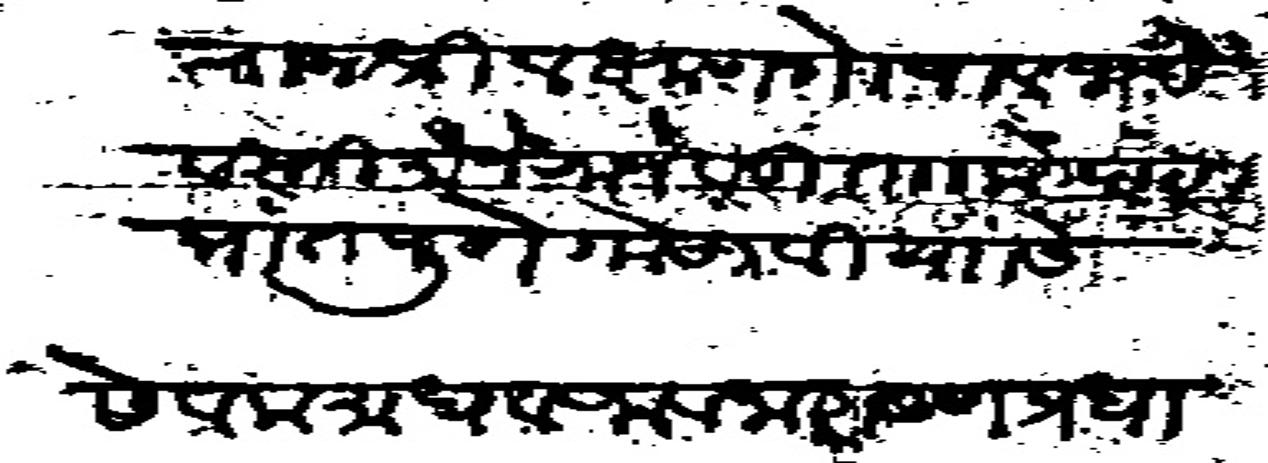
Transliteration (Devanagari): राजश्री लक्ष्मण गोपाल शिंदे बस्ती मौजे राजेवाडी ताा करेपठार प्रांत पुणे गोसावी यांस सेवक माधवराव नारायण प्रधान